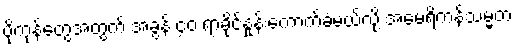
ပို့ကုန်တွေအတွက် အခွန် ၄၀ ရာခိုင်နှုန်းကောက်ခံမယ်လို့ အမေရိကန်သမ္မတ